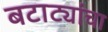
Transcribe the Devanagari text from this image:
बटाट्यांचा